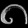
Digit: ၈